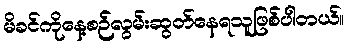
မိခင်ကိုနေ့စဉ်လွမ်းဆွတ်နေရသူဖြစ်ပါတယ်။